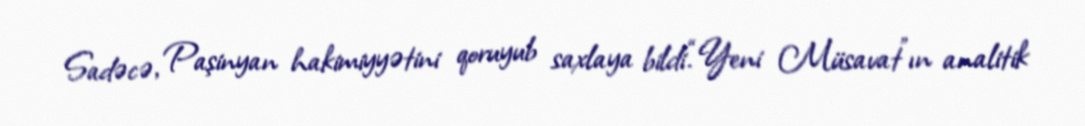
Sadəcə, Paşinyan hakimiyyətini qoruyub saxlaya bildi.“Yeni Müsavat”ın analitik